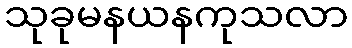
သုခုမနယနကုသလာ